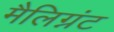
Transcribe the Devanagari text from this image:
मैलिग्नंट